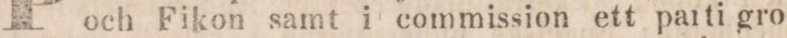
och Fikon samt i commission ett parti gro